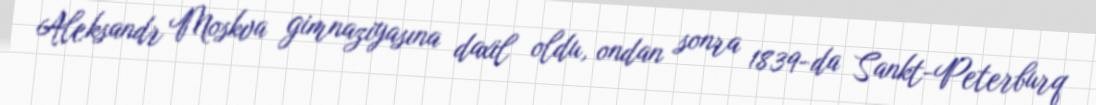
Aleksandr Moskva gimnaziyasına daxil oldu, ondan sonra 1839-da Sankt-Peterburq